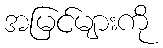
အမြင်များကို